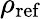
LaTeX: \rho_{\mathrm{ref}}